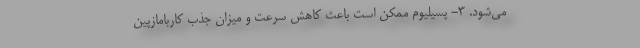
مي‌شود. 3- پسيليوم ممكن است باعث كاهش سرعت و ميزان جذب كاربامازپين